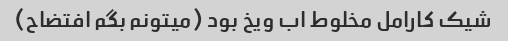
شیک کارامل مخلوط اب ویخ بود (میتونم بگم افتضاح)